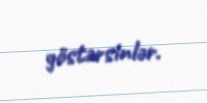
göstərsinlər.